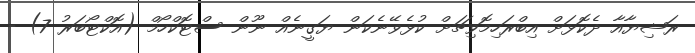
ރަޝިޔާއާ ދެކޮޅަށް އިބްރަހިމޮވިޗަށް ކުޅެވޭނެކަން ޔަގީނެއް ނޫން ސްޓޮކްހޯމް (އޮކްޓޯބަރު 7) -